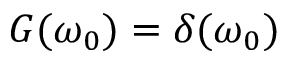
G ( \omega _ { 0 } ) = \delta ( \omega _ { 0 } )